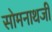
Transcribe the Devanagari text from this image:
सोमनाथजी